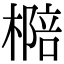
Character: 㯁